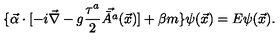
\{ \vec { \alpha } \cdot [ - i \vec { \nabla } - g \frac { \tau ^ { a } } { 2 } \vec { \bar { A } ^ { a } } ( \vec { x } ) ] + \beta m \} \psi ( \vec { x } ) = E \psi ( \vec { x } ) .